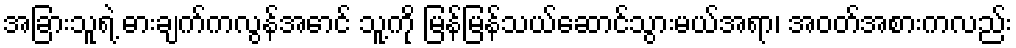
အခြားသူရဲ့ ဓားချက်ကလွန်အောင် သူ့ကို မြန်မြန်သယ်ဆောင်သွားမယ်အရာ၊ အဝတ်အစားကလည်း